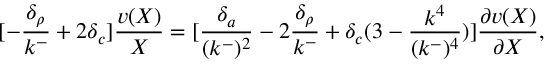
[ - { \frac { \delta _ { \rho } } { k ^ { - } } } + 2 \delta _ { c } ] { \frac { v ( X ) } { X } } = [ { \frac { \delta _ { a } } { ( k ^ { - } ) ^ { 2 } } } - 2 { \frac { \delta _ { \rho } } { k ^ { - } } } + \delta _ { c } ( 3 - { \frac { k ^ { 4 } } { ( k ^ { - } ) ^ { 4 } } } ) ] { \frac { \partial v ( X ) } { \partial X } } ,